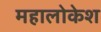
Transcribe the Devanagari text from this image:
महालोकेश